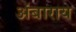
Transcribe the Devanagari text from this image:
अंबाराय